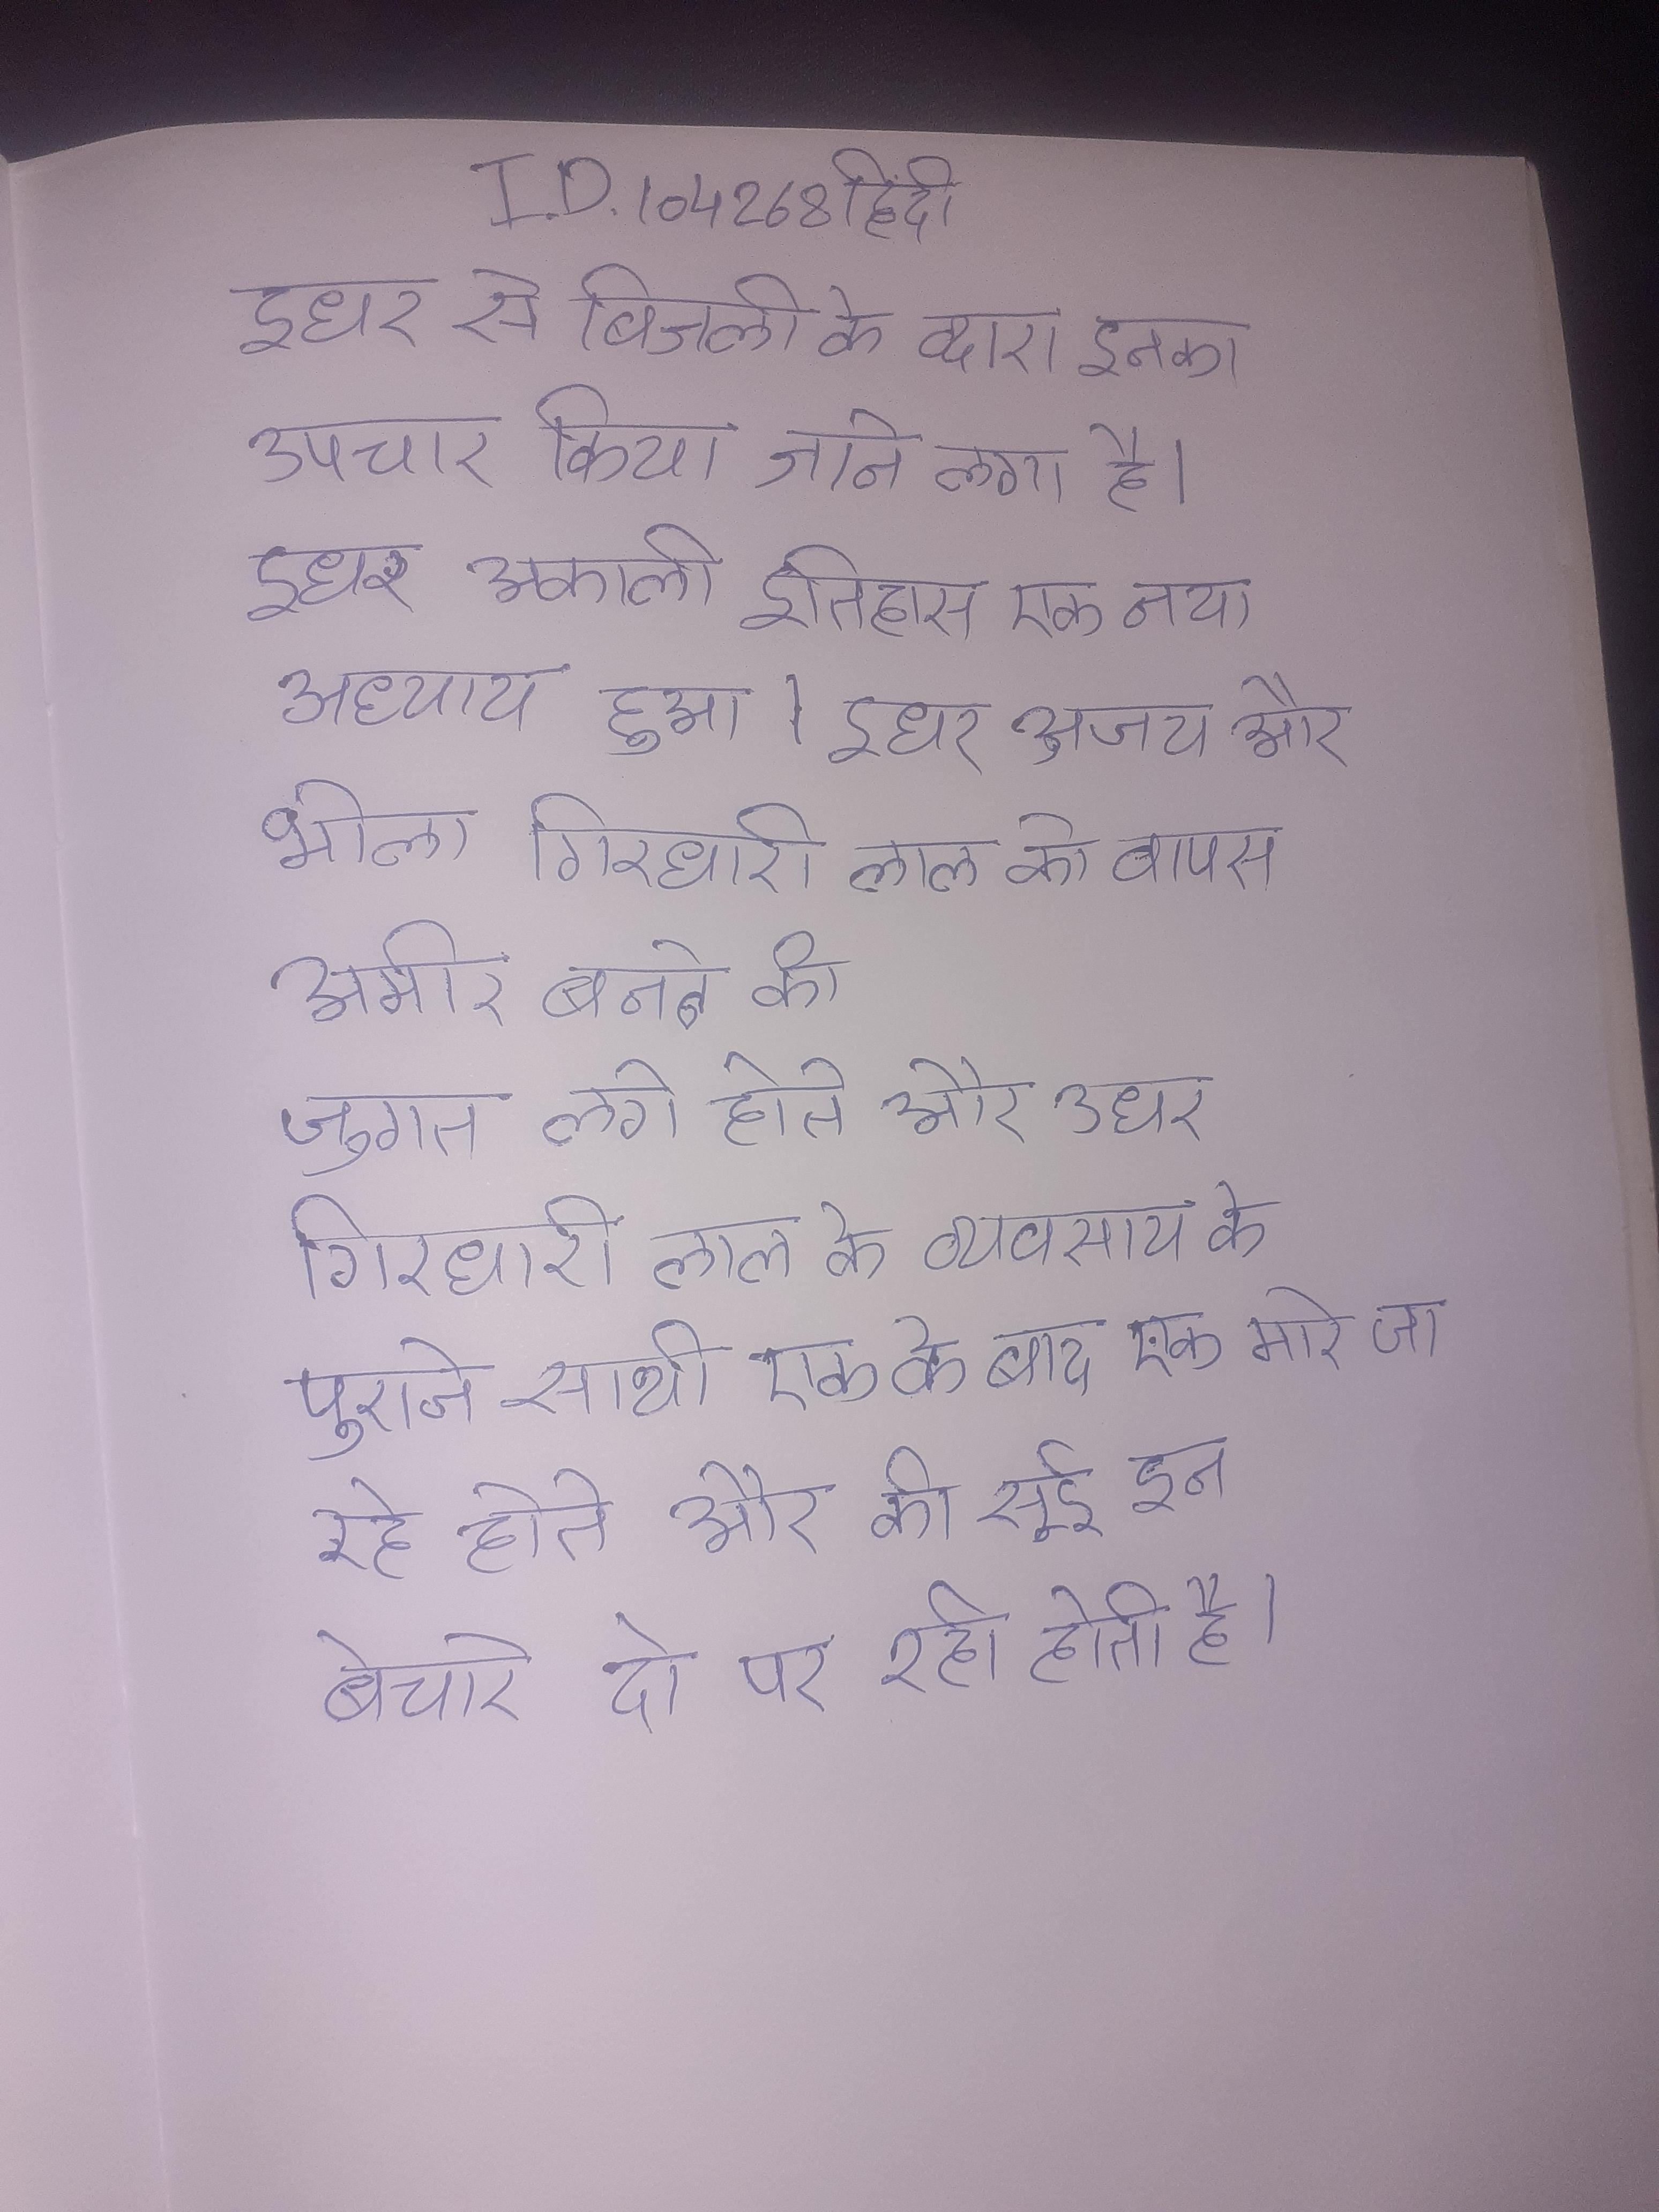
इधर से बिजली के द्वारा इनका उपचार किया जाने लगा है । इधर अकाली इतिहास एक नया अध्याय हुआ । इधर अजय और भोला गिरधारी लाल को वापस अमीर बनने की जुगत लगे होते और उधर गिरधारी लाल के व्यवसाय के पुराने साथी एक के बाद एक मारे जा रहे होते और की सूई इन बेचारे दो पर रही होती है ।